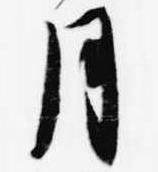
月